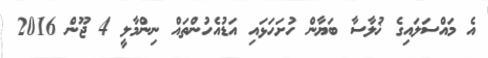
އެ މައްސަލައިގެ ޚުލާސާ ބަޔާން ހުށަހަޅައި އަޑުއެހުންތައް ނިންމާލީ 4 ޖޫން 2016